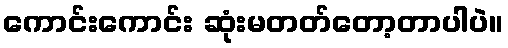
ကောင်းကောင်း ဆုံးမတတ်တော့တာပါပဲ။